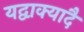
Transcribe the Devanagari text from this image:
यद्वाक्यादै